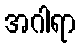
အဂါရာ